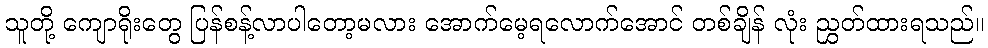
သူတို့ ကျောရိုးတွေ ပြန်စန့်လာပါတော့မလား အောက်မေ့ရလောက်အောင် တစ်ချိန် လုံး ညွှတ်ထားရသည်။